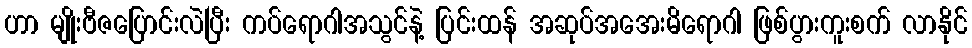
ဟာ မျိုးဗီဇပြောင်းလဲပြီး ကပ်ရောဂါအသွင်နဲ့ ပြင်းထန် အဆုပ်အအေးမိရောဂါ ဖြစ်ပွားကူးစက် လာနိုင်